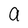
Character: a